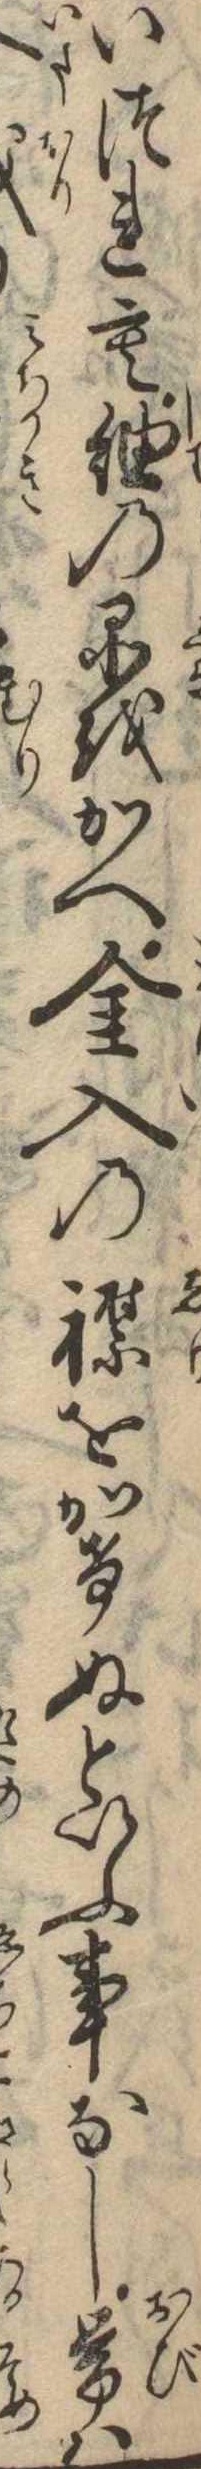
いづれも紬の品をかへ金入の襟をかけぬといふ事なし帯は